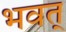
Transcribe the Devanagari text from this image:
भवत्